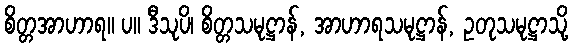
စိတ္တအာဟာရ။ ပ။ ဒီသုပိ၊ စိတ္တသမုဋ္ဌာန်, အာဟာရသမုဋ္ဌာန်, ဥတုသမုဋ္ဌာသို့